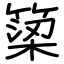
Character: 𥱋